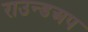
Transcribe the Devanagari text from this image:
राउन्डअप